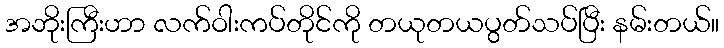
အဘိုးကြီးဟာ လက်ဝါးကပ်တိုင်ကို တယုတယပွတ်သပ်ပြီး နမ်းတယ်။